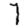
Digit: 7